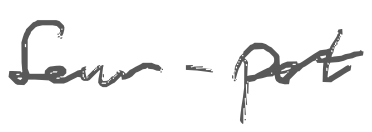
Text: four-part
Cross-out: clean
Writing tool: digital_gray